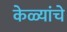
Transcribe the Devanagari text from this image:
केळ्यांचे